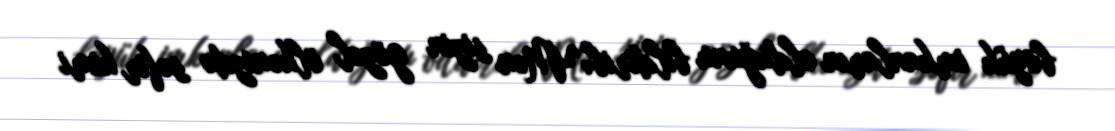
böyük imkanların olduğunu bildirib: "Mən sizin gözəl ölkənizdə səfir kimi